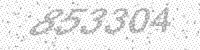
Solution: 853304